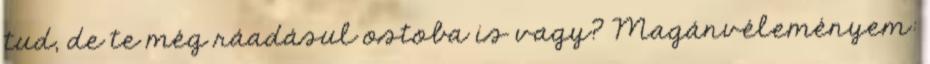
tud, de te még ráadásul ostoba is vagy? Magánvéleményem: